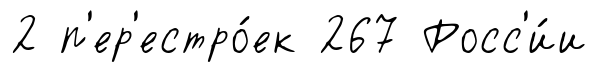
2 п'ер'естро́ек 267 Росс'и́и